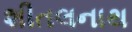
શીતલનાથ